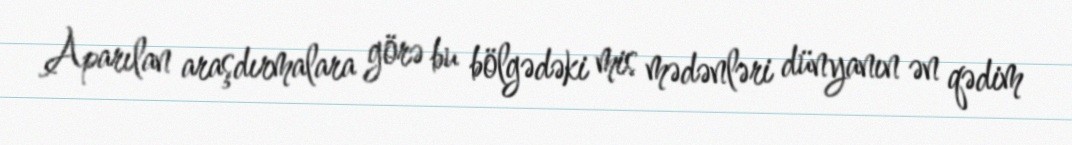
Aparılan araşdırmalara görə bu bölgədəki mis mədənləri dünyanın ən qədim